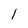
Character: 1